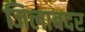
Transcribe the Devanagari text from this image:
जिलाबदर